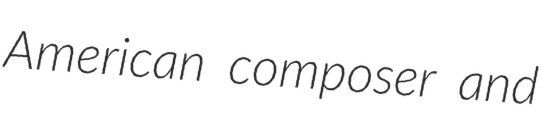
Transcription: American composer and